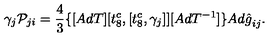
\gamma _ { j } { \cal P } _ { j i } = \frac { 4 } { 3 } \{ [ A d T ] [ t _ { 8 } ^ { c } , [ t _ { 8 } ^ { c } , { \gamma } _ { j } ] ] [ A d T ^ { - 1 } ] \} { A d { \hat { g } } } _ { i j } .